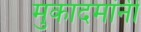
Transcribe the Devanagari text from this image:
मुकादमांनी